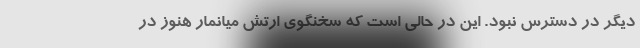
دیگر در دسترس نبود. این در حالی است که سخنگوی ارتش میانمار هنوز در